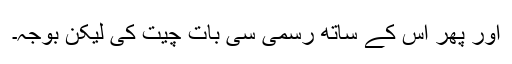
اور پھر اس کے ساتھ رسمی سی بات چیت کی لیکن بوجہ۔